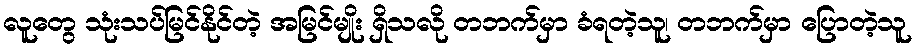
လူတွေ သုံးသပ်မြင်နိုင်တဲ့ အမြင်မျိုး ရှိသလို တဘက်မှာ ခံရတဲ့သူ၊ တဘက်မှာ ပြောတဲ့သူ